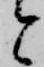
と